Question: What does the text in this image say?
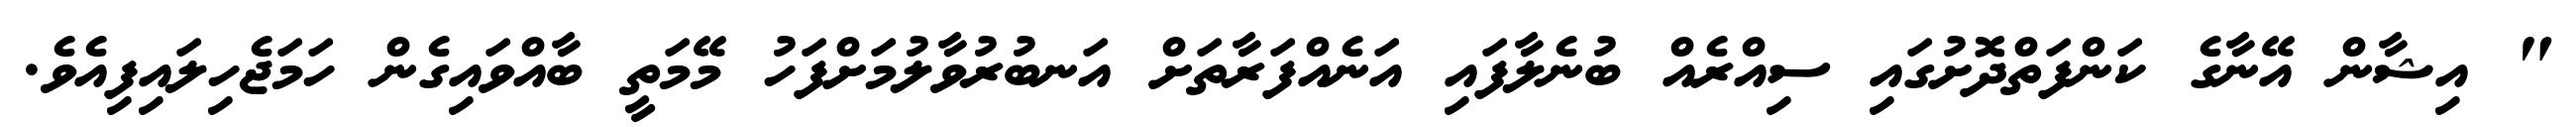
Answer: " އިޝާން އޭނާގެ ކަންފަތްދޮށުގައި ސިއްރެއް ބުނެލާފައި އަނެއްފަރާތަށް އަނބުރުވާލުމަށްފަހު މޭމަތީ ބާއްވައިގެން ހަމަޖެހިލައިފިއެވެ.